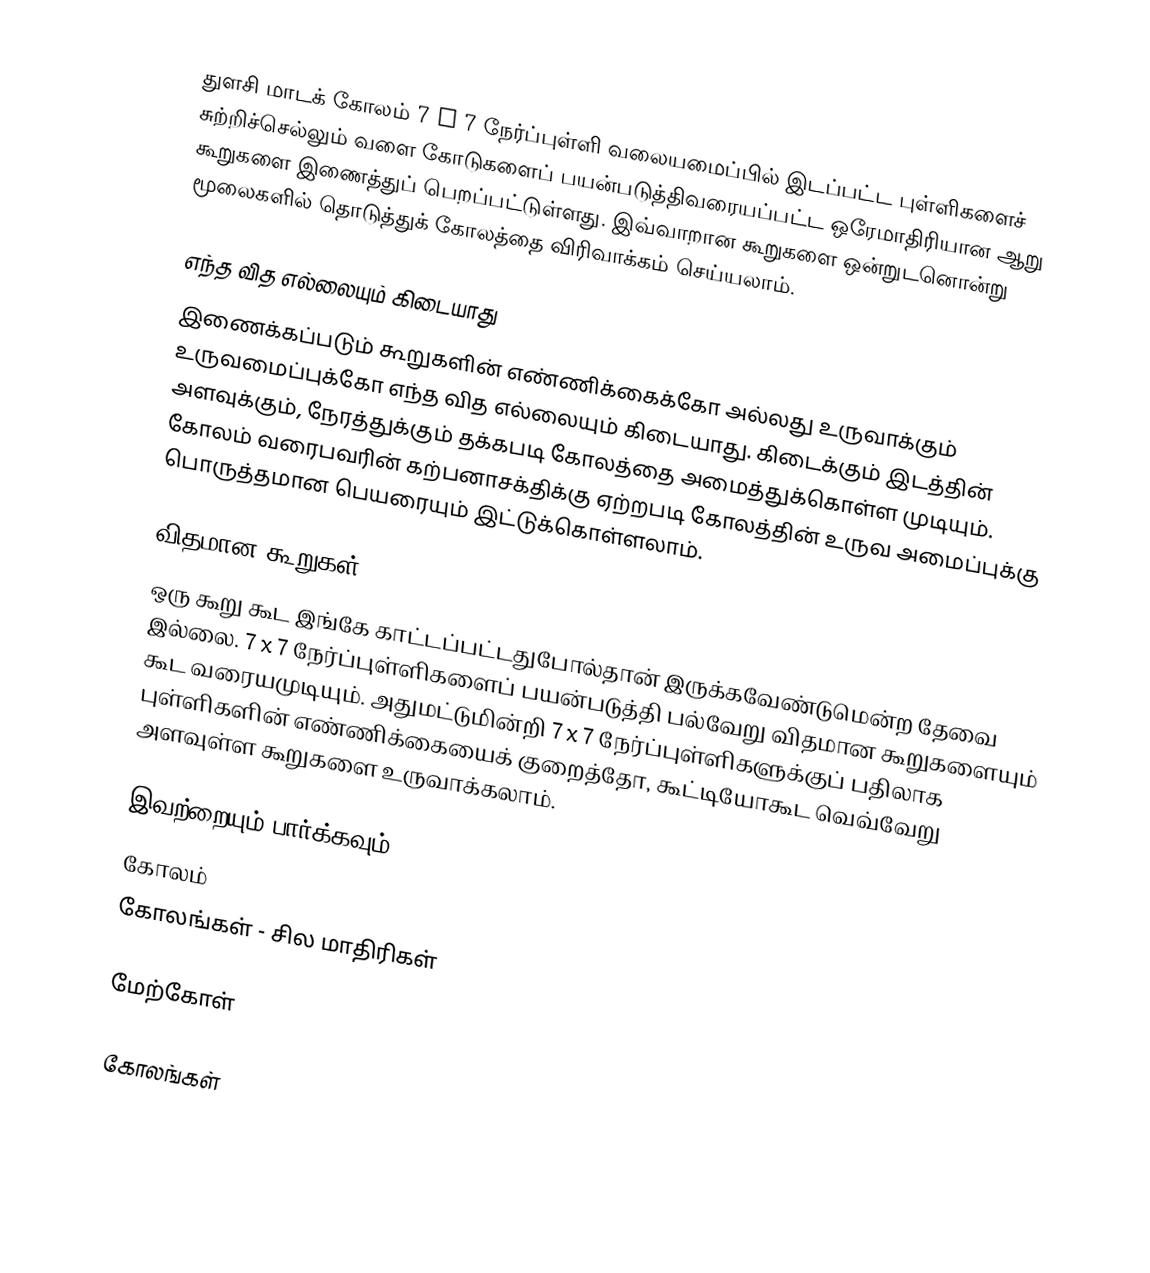
துளசி மாடக் கோலம் 7 x 7 நேர்ப்புள்ளி வலையமைப்பில் இடப்பட்ட புள்ளிகளைச் சுற்றிச்செல்லும் வளை கோடுகளைப் பயன்படுத்திவரையப்பட்ட ஒரேமாதிரியான ஆறு கூறுகளை இணைத்துப் பெறப்பட்டுள்ளது. இவ்வாறான கூறுகளை ஒன்றுடனொன்று மூலைகளில் தொடுத்துக் கோலத்தை விரிவாக்கம் செய்யலாம்.

எந்த வித எல்லையும் கிடையாது
இணைக்கப்படும் கூறுகளின் எண்ணிக்கைக்கோ அல்லது உருவாக்கும் உருவமைப்புக்கோ எந்த வித எல்லையும் கிடையாது. கிடைக்கும் இடத்தின் அளவுக்கும், நேரத்துக்கும் தக்கபடி கோலத்தை அமைத்துக்கொள்ள முடியும். கோலம் வரைபவரின் கற்பனாசக்திக்கு ஏற்றபடி கோலத்தின் உருவ அமைப்புக்கு பொருத்தமான பெயரையும் இட்டுக்கொள்ளலாம்.

விதமான கூறுகள்
ஒரு கூறு கூட இங்கே காட்டப்பட்டதுபோல்தான் இருக்கவேண்டுமென்ற தேவை இல்லை. 7 x 7 நேர்ப்புள்ளிகளைப் பயன்படுத்தி பல்வேறு விதமான கூறுகளையும் கூட வரையமுடியும். அதுமட்டுமின்றி 7 x 7 நேர்ப்புள்ளிகளுக்குப் பதிலாக புள்ளிகளின் எண்ணிக்கையைக் குறைத்தோ, கூட்டியோகூட வெவ்வேறு அளவுள்ள கூறுகளை உருவாக்கலாம்.

இவற்றையும் பார்க்கவும்
 கோலம்
 கோலங்கள் - சில மாதிரிகள்

மேற்கோள்

கோலங்கள்